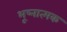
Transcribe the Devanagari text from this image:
भूष्नात्मक